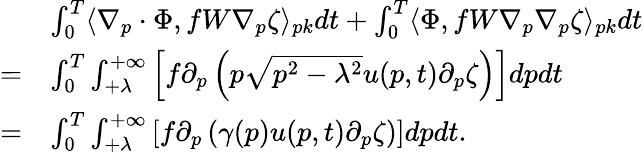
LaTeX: \begin{array}{rl}&{\int_{0}^{T}\langle\nabla_{p}\cdot\Phi,fW\nabla_{p}\zeta\rangle_{pk}dt+\int_{0}^{T}\langle\Phi,fW\nabla_{p}\nabla_{p}\zeta\rangle_{pk}dt}\\ {=}&{\int_{0}^{T}\int_{+\lambda}^{+\infty}\left[f\partial_{p}\left(p\sqrt{p^{2}-\lambda^{2}}u(p,t)\partial_{p}\zeta\right)\right]dpdt}\\ {=}&{\int_{0}^{T}\int_{+\lambda}^{+\infty}\left[f\partial_{p}\left(\gamma(p)u(p,t)\partial_{p}\zeta\right)\right]dpdt.}\end{array}